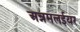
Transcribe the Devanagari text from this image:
अन्नमलईयर